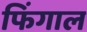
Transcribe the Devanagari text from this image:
फिंगाल